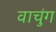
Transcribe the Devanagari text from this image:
वाचुंग